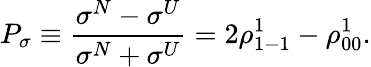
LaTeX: P_{\sigma}\equiv\frac{\sigma^{N}-\sigma^{U}}{\sigma^{N}+\sigma^{U}}=2\rho_{1-1}^{1}-\rho_{00}^{1}.